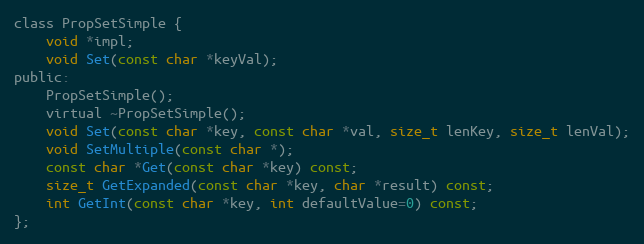
Language: C
class PropSetSimple {
	void *impl;
	void Set(const char *keyVal);
public:
	PropSetSimple();
	virtual ~PropSetSimple();
	void Set(const char *key, const char *val, size_t lenKey, size_t lenVal);
	void SetMultiple(const char *);
	const char *Get(const char *key) const;
	size_t GetExpanded(const char *key, char *result) const;
	int GetInt(const char *key, int defaultValue=0) const;
};